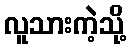
လူသားကဲ့သို့